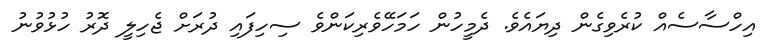
އިހްސާސެއް ކުރެވިގެން ދިޔައެވެ. ދެމީހުން ހަމަހޭވެރިކަންވެ ސިހިފައި ދުރަށް ޖެހިލީ ދޮރު ހުޅުވުނު